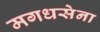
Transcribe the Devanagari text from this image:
मगधसेना